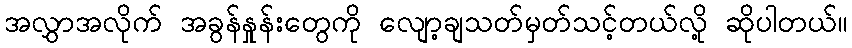
အလွှာအလိုက် အခွန်နှုန်းတွေကို လျော့ချသတ်မှတ်သင့်တယ်လို့ ဆိုပါတယ်။